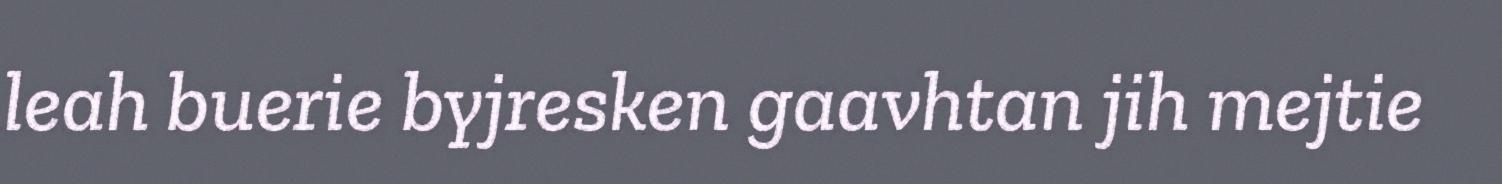
leah buerie byjresken gaavhtan jih mejtie